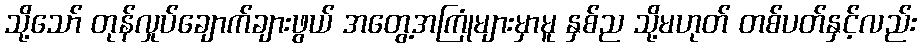
သို့သော် တုန်လှုပ်ချောက်ချားဖွယ် အတွေ့အကြုံများမှာမူ နှစ်ည သို့မဟုတ် တစ်ပတ်နှင့်လည်း